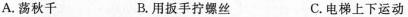
A.荡秋千 B.用扳手拧螺丝 C.电梯上下运动